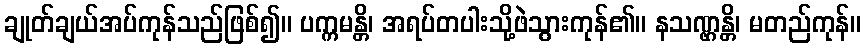
ချုတ်ချယ်အပ်ကုန်သည်ဖြစ်၍။ ပက္ကမန္တိ၊ အရပ်တပါးသို့ဖဲသွားကုန်၏။ နသဏ္ဌန္တိ၊ မတည်ကုန်။